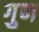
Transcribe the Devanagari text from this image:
गुण